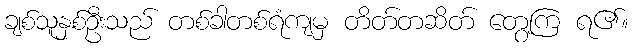
ချစ်သူနှစ်ဦးသည် တစ်ခါတစ်ရံကျမှ တိတ်တဆိတ် တွေ့ကြ ရ၏။